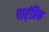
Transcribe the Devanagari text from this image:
पार्ंप्रिक